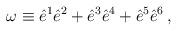
LaTeX: \begin{align*}\omega \equiv \hat{e}^1 \hat{e}^2+ \hat{e}^3 \hat{e}^4+\hat{e}^5\hat{e}^6\,,\end{align*}